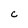
Character: C